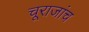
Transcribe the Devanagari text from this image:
चूराजांच